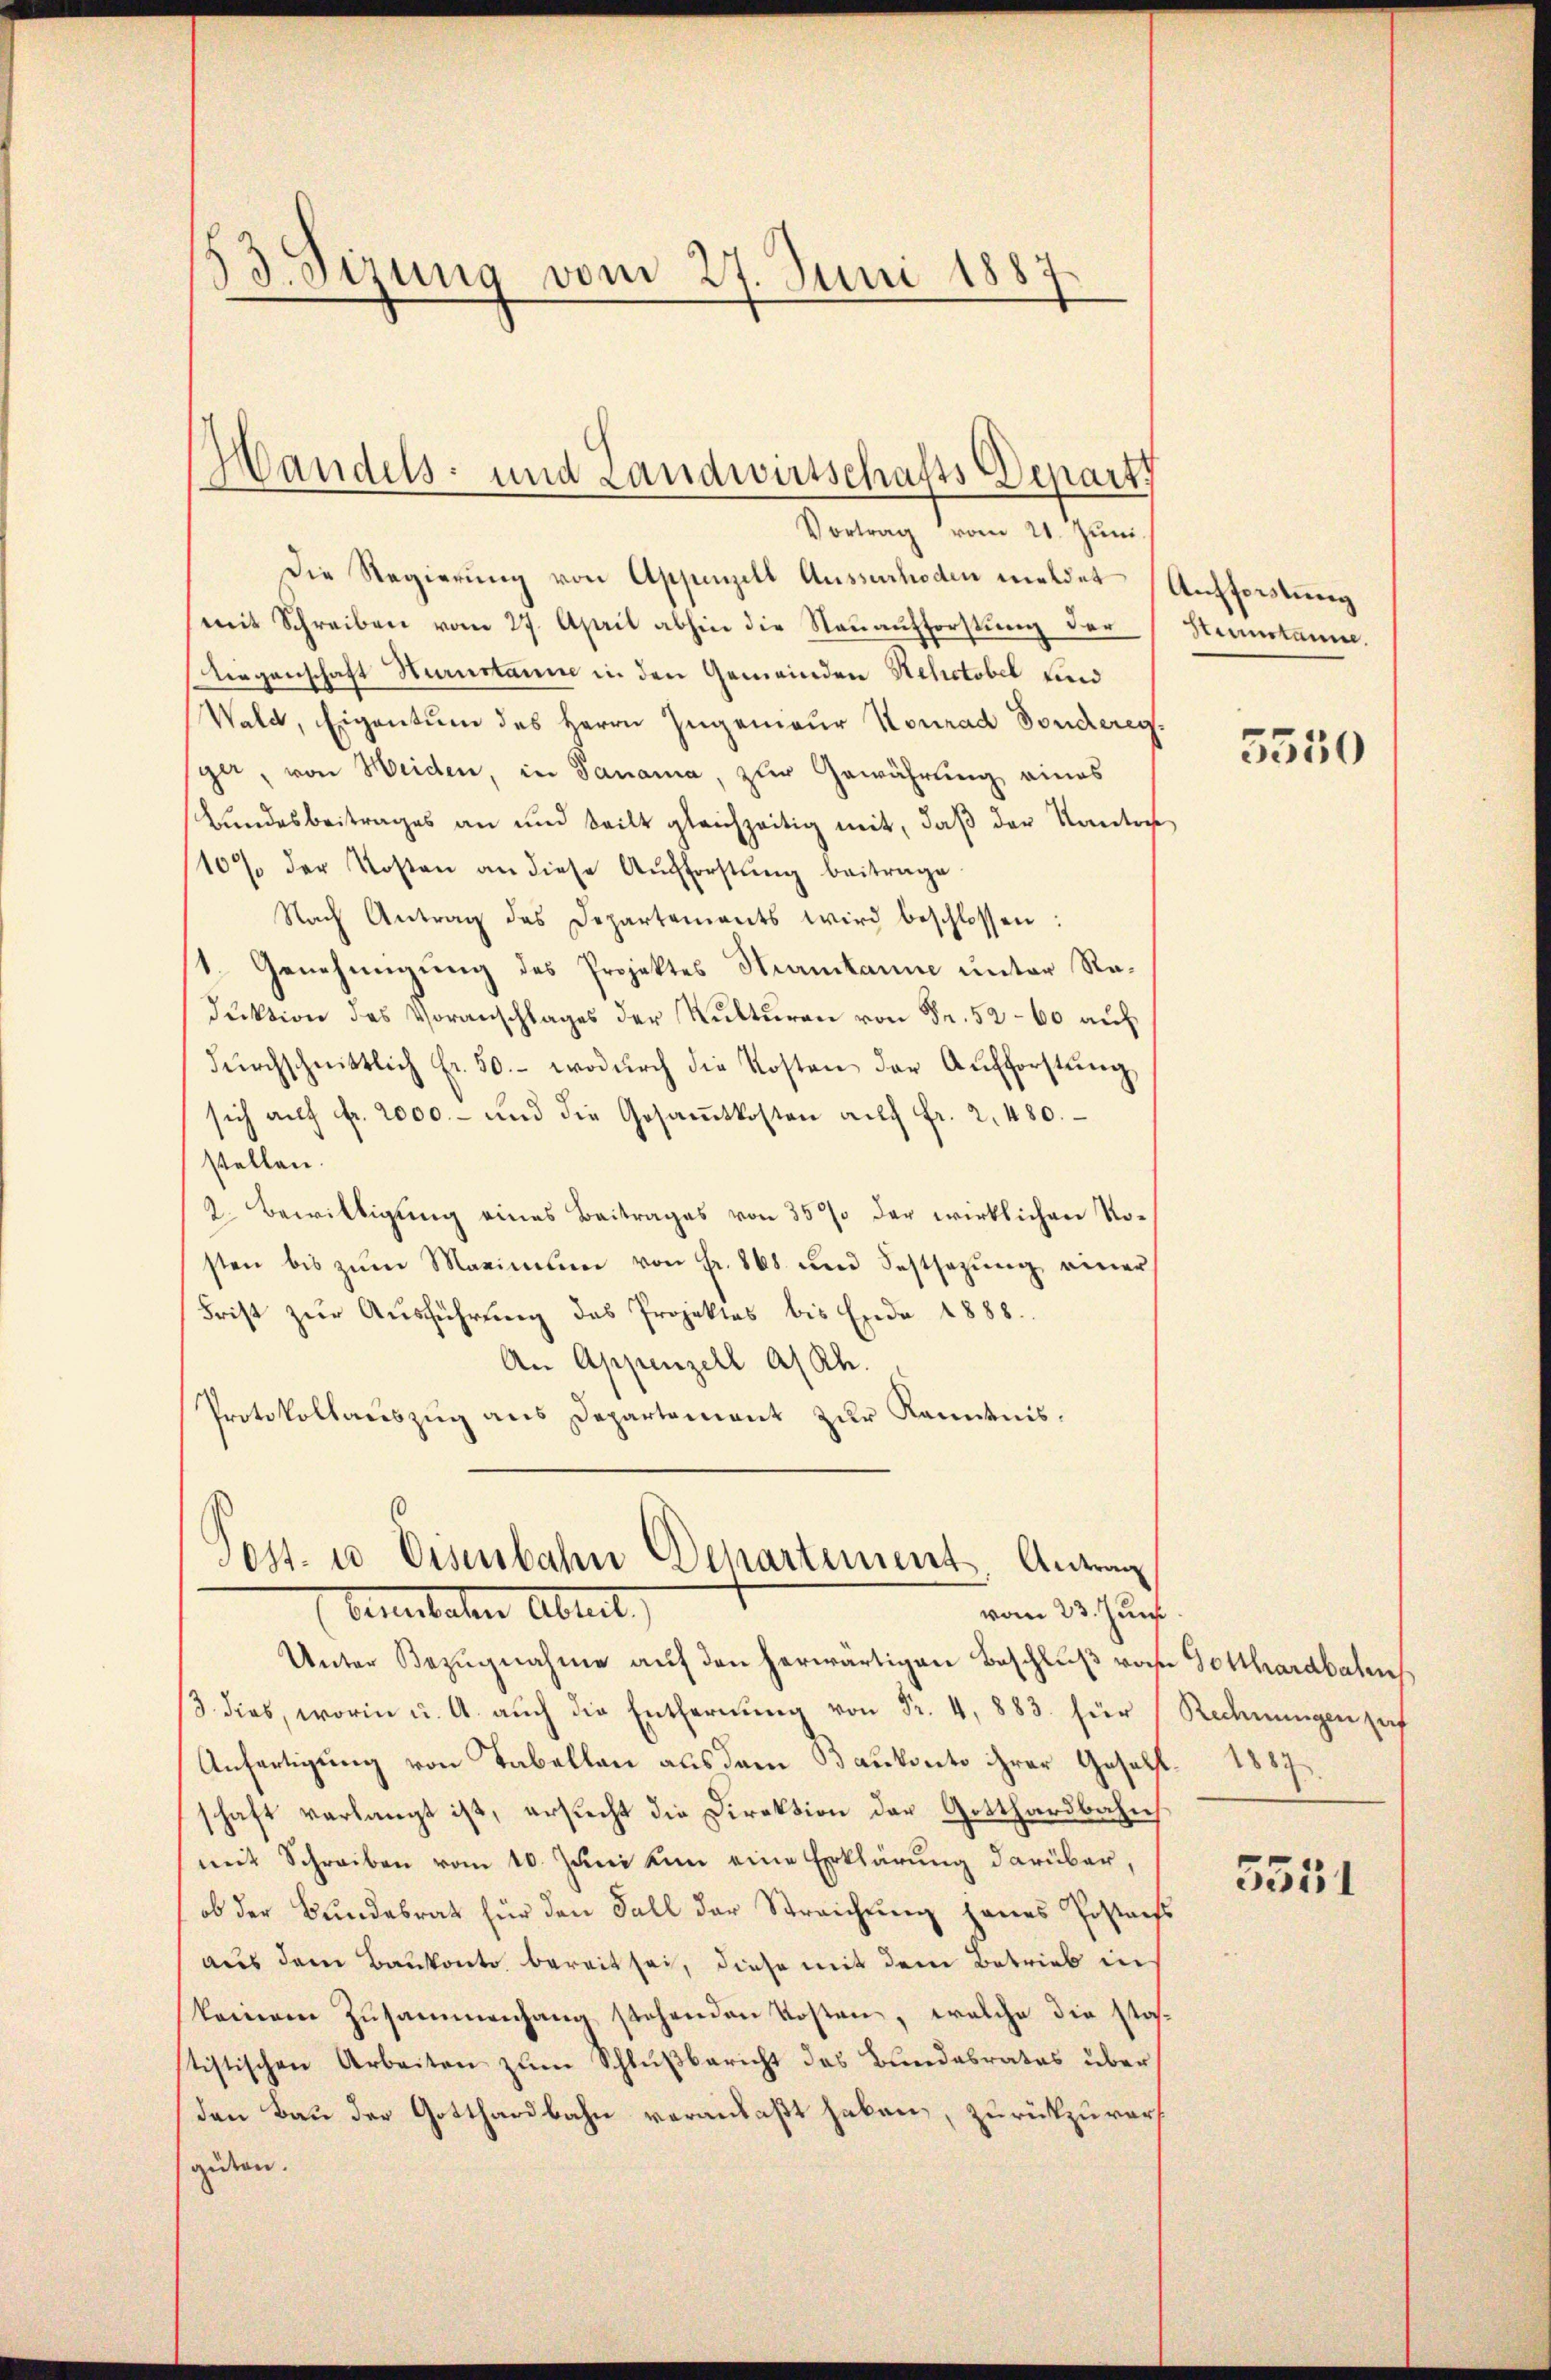
13. Sizung vom 27. Juni 1887.

Handels- und Landwirtschafts Depart
Vortrag vom 21. Juni.

Die Regierŭng von Appenzell Aussuchoden meldet (Aufforstung
mit Schreiben vom 27. April abhin die Neuaufforstung der
Liegenschaft Hurustaune in den Gemeinden Rehctobel und
Wald, Eigentum des Herrn Zugemaur Konrad Dondereg
gar, von Heiden, in Panama, zur Gewährung eines
Bundesbeitrages an und teilt gleichzeitig mit, daß der Kanto
107 der Kosten an diese Aufforstŭng beitrage.
Nach Antrag des Departements wird beschlossen:
1. Genehmigung des Projektes Strambanne unter Reduktion des Voranschlages der Kulturen von Fr. 52-60 auf
dŭrchschnittlich fr. 50.- wodŭrch die Kosten der Aŭfforstŭng
sich aŭf Fr. 2000.- und die Gesaṁtkosten aŭf fr. 2. 480.
stellen.
2. Bewilligung eines Beitrages von 35 % der wirklichen Rosten bis zŭm Maximum von Fr. 868 und Festsezung einer
Frist zur Ausführung das Projektes bis Ende 1888.
An Appenzell a/Rh.
Protokollauszug aus Departement zur Kenntnis.

Post- u Eisenbahn Departement Antrag
Venerater Abreit
vom 23. Juni.

Unter Bezŭgnahme auf den herwärtigen Beschluß von Gotthardbahns
3. dies, worin u. A. aŭch die Entfernŭng von Fr. 4, 883. für
Anfertigung von Tabellan aus dem Baukonto ihrer Gesell 1887.
schaft verlangt ist, ersucht die Direktion der Gotthardbahn
mit Schreiben vom 10. Jŭni um eine Erklärung darüber,
ob der Bundesrat für den Fall der Streichung jenes Postaufs
aus dem Baukonto bereit sei, diese mit dem Betrieb in
keinem Zusammenhang stehenden Kosten, welche die stos-
tistischen Arbeiten zum Schlußbericht des Bundesrates über
Den Bau der Gotthardbahn veranlaßt haben, zurückzuverguten.

Steinstaune.

5550

Rechnungen haf

3551